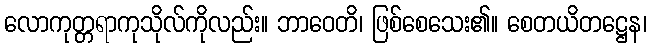
လောကုတ္တရာကုသိုလ်ကိုလည်း။ ဘာဝေတိ၊ ဖြစ်စေသေး၏။ စေတယိတဋ္ဌေန၊